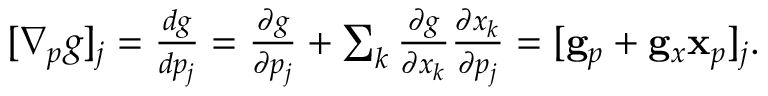
\begin{array} { r } { [ \nabla _ { p } g ] _ { j } = \frac { d g } { d p _ { j } } = \frac { \partial g } { \partial p _ { j } } + \sum _ { k } \frac { \partial g } { \partial x _ { k } } \frac { \partial x _ { k } } { \partial p _ { j } } = [ \mathbf { g } _ { p } + \mathbf { g } _ { x } \mathbf { x } _ { p } ] _ { j } . } \end{array}